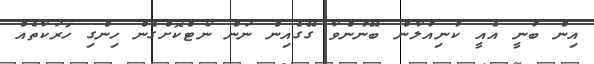
އިން ބުނީ އެއީ ކުނިއުލާން ބޭނުންވާ ގޭގެއިން ނަން ނޯޓްކޮށްގެން ހިންގި ހަރަކާތެއް